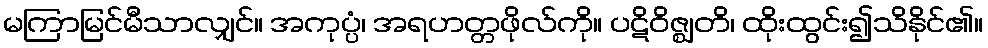
မကြာမြင်မီသာလျှင်။ အကုပ္ပံ၊ အရဟတ္တဖိုလ်ကို။ ပဋိဝိဇ္ဈတိ၊ ထိုးထွင်း၍သိနိုင်၏။